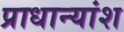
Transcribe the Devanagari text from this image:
प्राधान्यांश